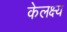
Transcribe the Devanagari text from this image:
केलक्ष्य